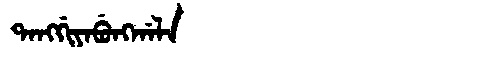
Manchu: ᡨᠠᠩᡤᡳᠶᠠᠪᡠᠩᡤᠠᠯᠠ
Romanization: TANGGIYABUNGGALA